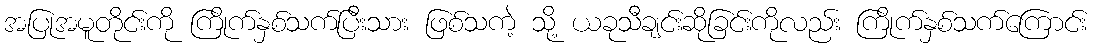
အပြုအမူတိုင်းကို ကြိုက်နှစ်သက်ပြီးသား ဖြစ်သကဲ့ သို့ ယခုသီချင်းဆိုခြင်းကိုလည်း ကြိုက်နှစ်သက်ကြောင်း